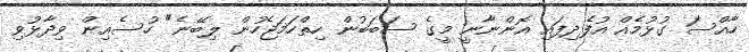
ހާއްސަ ގުޅުމެއް އުފެދިފައި އޮންނާނީ މީގެ ސަބަބުން ހިތްހަމަޖެހުން ލިބޭނެ" ހުސެއިން ވިދާޅުވި